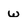
Character: w